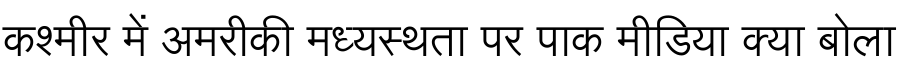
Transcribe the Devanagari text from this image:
कश्मीर में अमरीकी मध्यस्थता पर पाक मीडिया क्या बोला